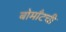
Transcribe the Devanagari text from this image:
बोमाँटची